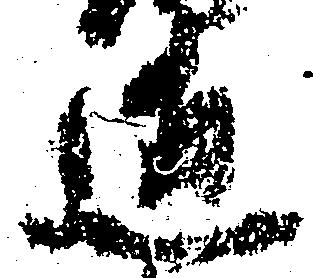
近